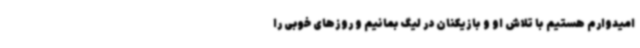
امیدوارم هستیم با تلاش او و بازیکنان در لیگ بمانیم و روزهای خوبی را